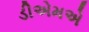
ડીએમએ